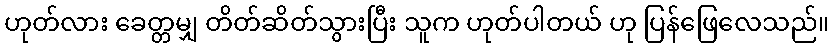
ဟုတ်လား ခေတ္တမျှ တိတ်ဆိတ်သွားပြီး သူက ဟုတ်ပါတယ် ဟု ပြန်ဖြေလေသည်။